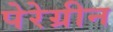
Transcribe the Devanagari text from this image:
पेरेग्रीन